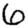
Digit: 6